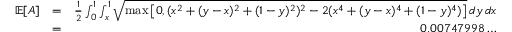
\begin{array} { r l r } { \mathbb { E } [ A ] } & { = } & { \frac { 1 } { 2 } \int _ { 0 } ^ { 1 } \int _ { x } ^ { 1 } \sqrt { \operatorname* { m a x } \left[ 0 , ( x ^ { 2 } + ( y - x ) ^ { 2 } + ( 1 - y ) ^ { 2 } ) ^ { 2 } - 2 ( x ^ { 4 } + ( y - x ) ^ { 4 } + ( 1 - y ) ^ { 4 } ) \right] } \, d y \, d x } \\ & { = } & { 0 . 0 0 7 4 7 9 9 8 \ldots } \end{array}